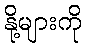
နို့များကို